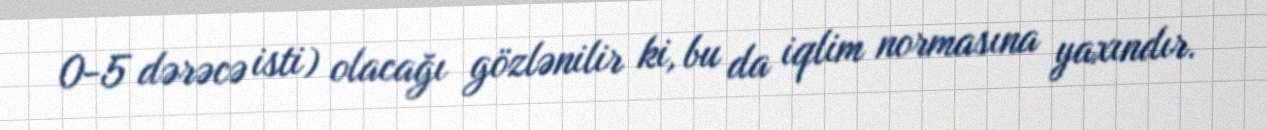
0-5 dərəcə isti) olacağı gözlənilir ki, bu da iqlim normasına yaxındır.